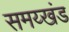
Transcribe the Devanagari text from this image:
समय्खंड